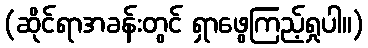
(ဆိုင်ရာအခန်းတွင် ရှာဖွေကြည့်ရှုပါ။)